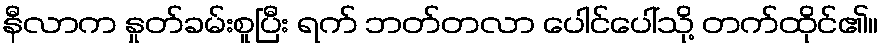
နီလာက နှုတ်ခမ်းစူပြီး ရက် ဘတ်တလာ ပေါင်ပေါ်သို့ တက်ထိုင်၏။